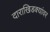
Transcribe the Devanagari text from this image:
दाराखिडक्यांवर